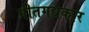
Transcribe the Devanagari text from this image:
गीतगद्यकार